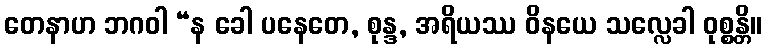
တေနာဟ ဘဂဝါ “န ခေါ ပနေတေ, စုန္ဒ, အရိယဿ ဝိနယေ သလ္လေခါ ဝုစ္စန္တိ။